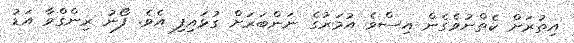
އިތުރަށް ކެތްނުވެގެން އިސްވެ އުމަރުގެ ނަންބަރަށް ގުޅައިފި އެވެ. ފޯނު ރިންގްވާ އަޑު